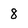
Character: 8